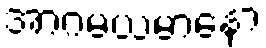
အာဂမယမာနော